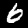
Digit: 6